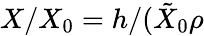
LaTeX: X/X_{0}=h/(\tilde{X}_{0}\rho